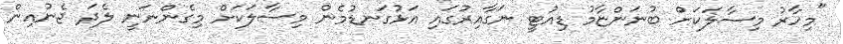
"މިހާރު މިސާލަކަށް ބުނަންޏާމު ޑިއުޓީ ނަގާއިރުގައި އަޅުގަނޑުމެން މިސާލަކަށް މިގެންނަނީ ލެދަ ޖެނުއިން